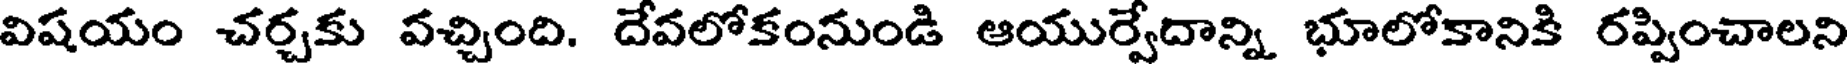
విషయం చర్చకు వచ్చింది. దేవలోకంనుండి ఆయుర్వేదాన్ని భూలోకానికి రప్పించాలని